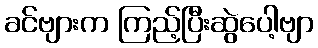
ခင်ဗျားက ကြည့်ပြီးဆွဲပေါ့ဗျာ